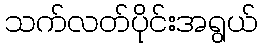
သက်လတ်ပိုင်းအရွယ်